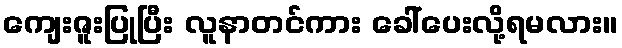
ကျေးဇူးပြုပြီး လူနာတင်ကား ခေါ်ပေးလို့ရမလား။